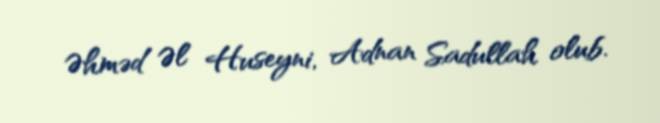
Əhməd Əl Huseyni, Adnan Sadullah olub.